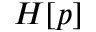
H [ p ]